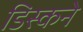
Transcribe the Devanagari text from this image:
डिस्कने